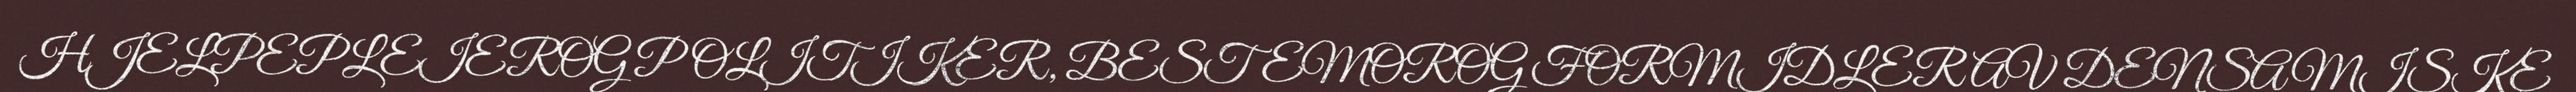
HJELPEPLEIEROG POLITIKER, BESTEMOROG FORMIDLER AV DENSAMISKE